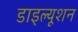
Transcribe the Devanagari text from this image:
डाइल्यूशन